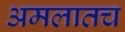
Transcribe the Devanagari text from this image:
अमलातच